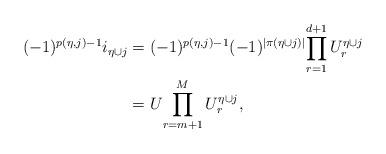
LaTeX: \begin{align*}(-1)^{p(\eta,j)-1} i_{\eta\cup j}&= (-1)^{p(\eta,j)-1} (-1)^{|\pi(\eta\cup j)|}{\prod_{r=1}^{d+1}U^{\eta\cup j}_{r}} \\&= U{\prod_{r=m+1}^M U^{\eta\cup j}_{r}}, \end{align*}